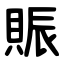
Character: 賑